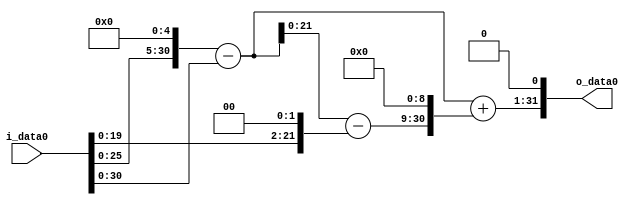
module multiplier_block (
    i_data0,
    o_data0
);

  // Port mode declarations:
  input   [31:0] i_data0;
  output  [31:0]
    o_data0;

  //Multipliers:

  wire [31:0]
    w1,
    w32,
    w31,
    w4,
    w27,
    w13824,
    w13855,
    w27710;

  assign w1 = i_data0;
  assign w13824 = w27 << 9;
  assign w13855 = w31 + w13824;
  assign w27 = w31 - w4;
  assign w27710 = w13855 << 1;
  assign w31 = w32 - w1;
  assign w32 = w1 << 5;
  assign w4 = w1 << 2;

  assign o_data0 = w27710;

  //multiplier_block area estimate = 4247.81277560294;
endmodule